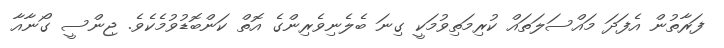
ފަރާތުން އެފަދަ މައްސަލަތައް ކުރިމަތިވުމަކީ ގިނަ ބެލެނިވެރިންގެ އޮތް ކަންބޮޑުވުމެކެވެ. ޖިންސީ ގޯނާއާ